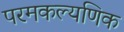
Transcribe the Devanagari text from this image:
परमकल्यणिक